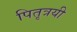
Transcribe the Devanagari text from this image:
पितृत्रयी